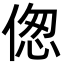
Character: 偬